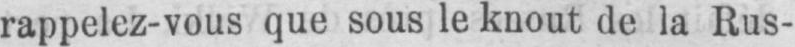
rappelez-vous que sous le knout de la Rus-